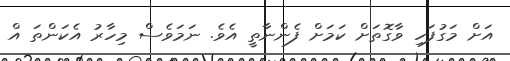
އަށް މަގުފަހި ވާގޮތަށް ކަމަށް ފެންނާތީ އެވެ. ނަމަވެސް މިހާރު އެކަންތަ އް